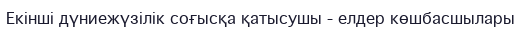
Екінші дүниежүзілік соғысқа қатысушы - елдер көшбасшылары